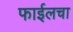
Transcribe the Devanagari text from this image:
फाईलचा